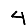
Digit: 4